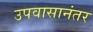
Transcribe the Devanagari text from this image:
उपवासानंतर